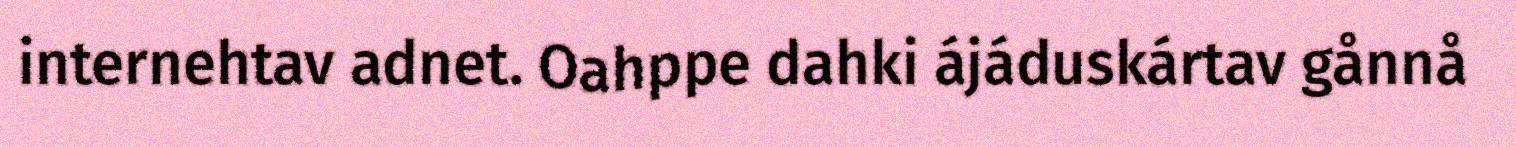
internehtav adnet. Oahppe dahki ájáduskártav gånnå